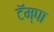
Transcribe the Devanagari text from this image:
टॅम्पा